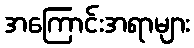
အကြောင်းအရာများ